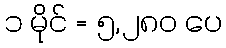
၁ မိုင် = ၅,၂၈၀ ပေ